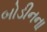
બોડીનના